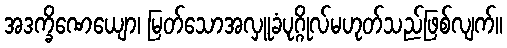
အဒက္ခိဏေယျော၊ မြတ်သောအလှူခံပုဂ္ဂိုလ်မဟုတ်သည်ဖြစ်လျက်။